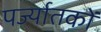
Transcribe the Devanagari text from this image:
पर्ज्यातकों